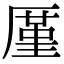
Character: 厪